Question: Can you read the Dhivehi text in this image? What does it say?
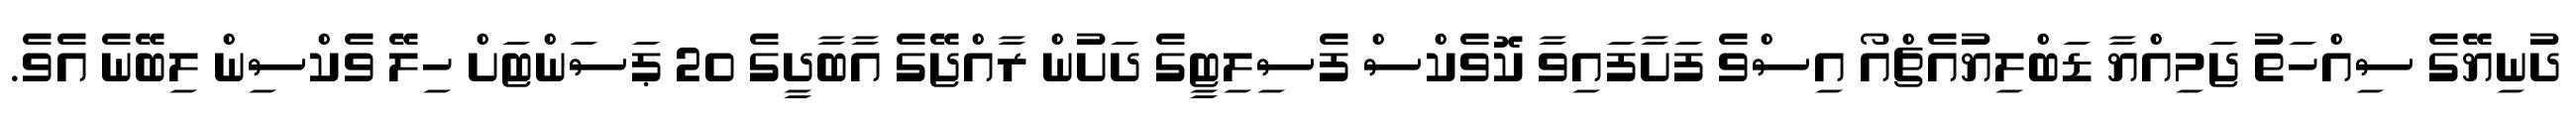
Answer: ދުނިޔޭގެ ސިއްހަތު ޖަމިއްޔާ ޑަބްލިޔުއެޗްއޯ އިސްވެ ފަށާފައިވާ ކޮވެކްސް ފެސިލިޓީގެ ދަށުން ރާއްޖޭގެ އާބާދީގެ 20 ޕަސަންޓަށް ހިލޭ ވެކްސިން ލިބޭނެ އެވެ.